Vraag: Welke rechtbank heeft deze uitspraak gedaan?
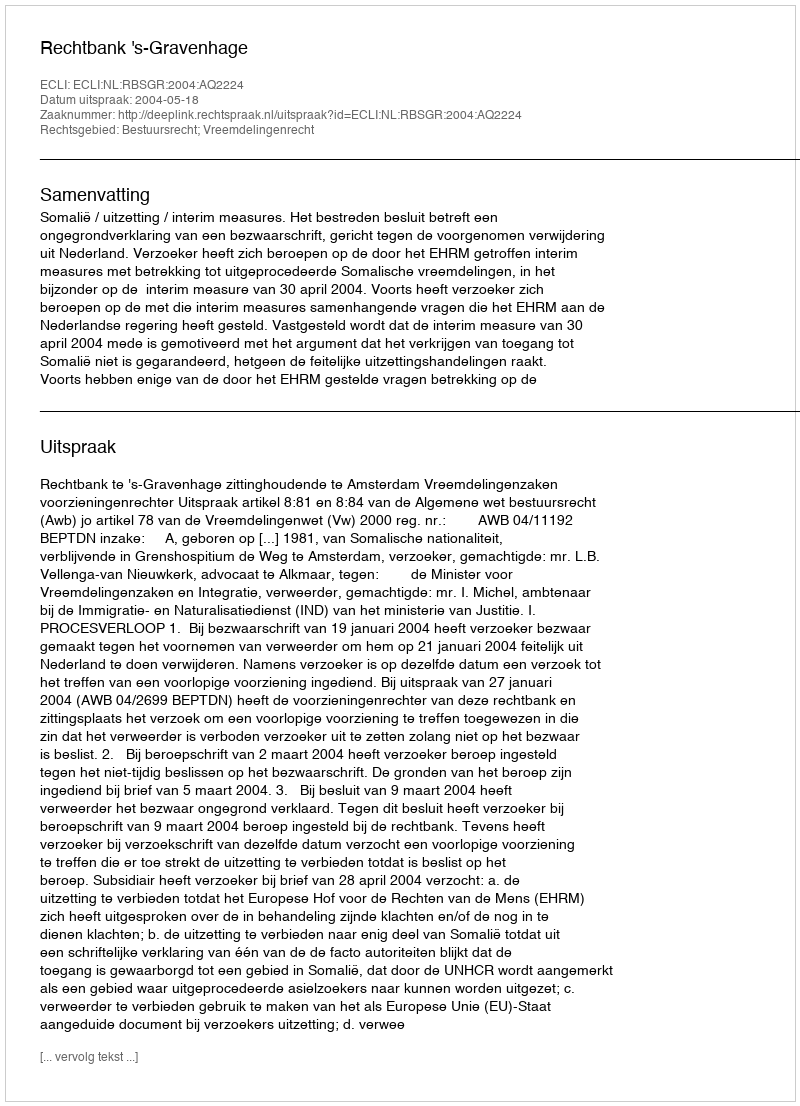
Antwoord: Rechtbank 's-Gravenhage